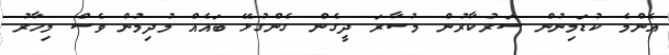
އެންމެ ކުޑަމިނުން ސަރުކާރުން މުސާރަ ދީގެން ގެންގުޅޭ ބައެއް މުދިމުން ވެސް މިހާރު